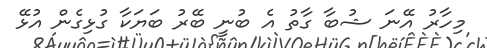
މިހާރު އޭނަ ޝުބާ ގާތު އެ ބުނީ ބޭރު ބަޔަކާ ގުޅިގެން އުޅޭ